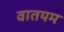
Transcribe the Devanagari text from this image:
वातयम